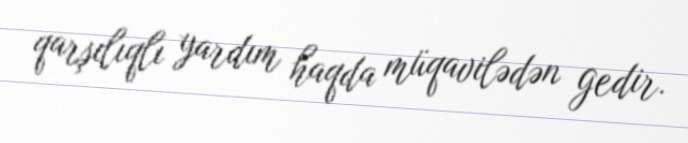
qarşılıqlı yardım haqda müqavilədən gedir.